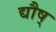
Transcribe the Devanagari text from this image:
द्यौष्